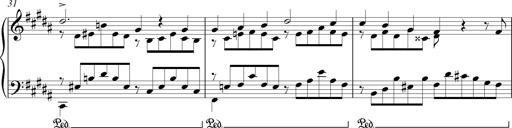
Title: LiebestrÃ¤ume
Composer: Franz Behr
Key: E-flat major